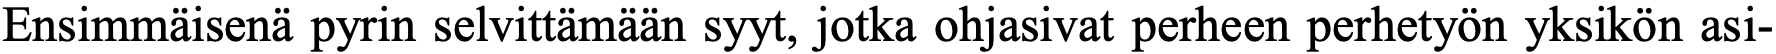
Ensimmäisenä pyrin selvittämään syyt, jotka ohjasivat perheen perhetyön yksikön asi-